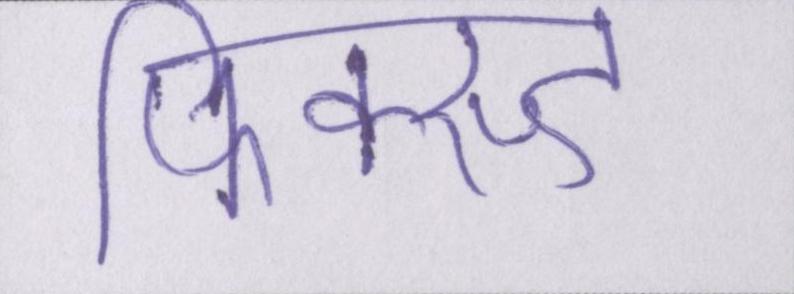
फिक्स्ड